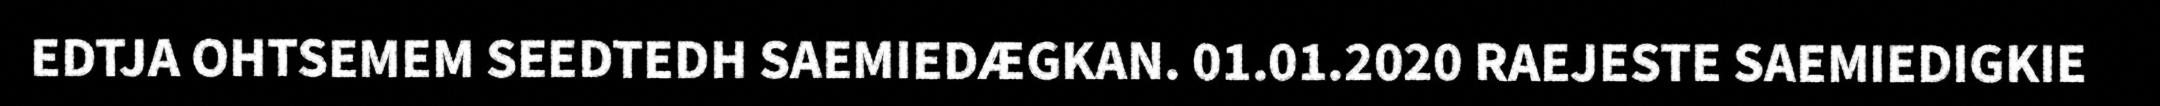
EDTJA OHTSEMEM SEEDTEDH SAEMIEDÆGKAN. 01.01.2020 RAEJESTE SAEMIEDIGKIE